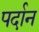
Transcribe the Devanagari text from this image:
पर्दान